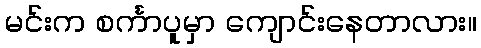
မင်းက စင်္ကာပူမှာ ကျောင်းနေတာလား။